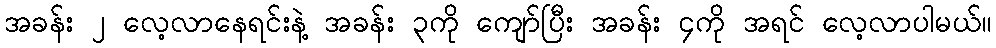
အခန်း ၂ လေ့လာနေရင်းနဲ့ အခန်း ၃ကို ကျော်ပြီး အခန်း ၄ကို အရင် လေ့လာပါမယ်။